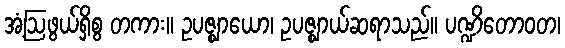
အံ့ဩဖွယ်ရှိစွ တကား။ ဥပဇ္ဈာယော၊ ဥပဇ္ဈာယ်ဆရာသည်။ ပဏ္ဍိတောဝတ၊